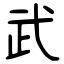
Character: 武